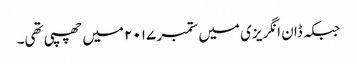
جبکہ ڈان انگریزی میں ستمبر ۲۰۱۷ میں چھپی تھی۔